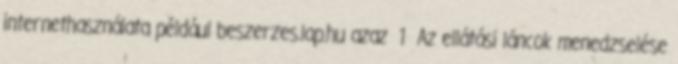
internethasználata például beszerzes.lap.hu azaz 1 Az ellátási láncok menedzselése